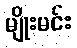
မျိုးမင်း